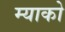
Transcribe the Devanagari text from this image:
म्याको